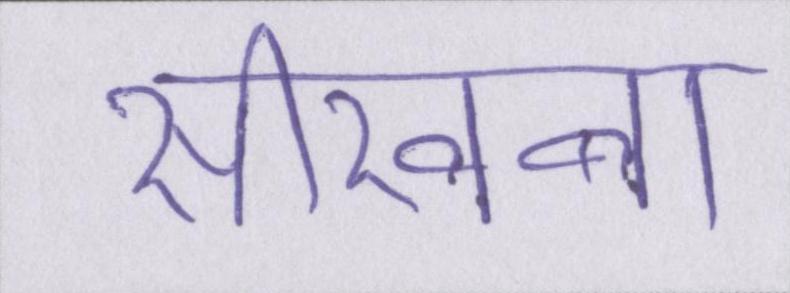
सीखना